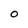
Character: O